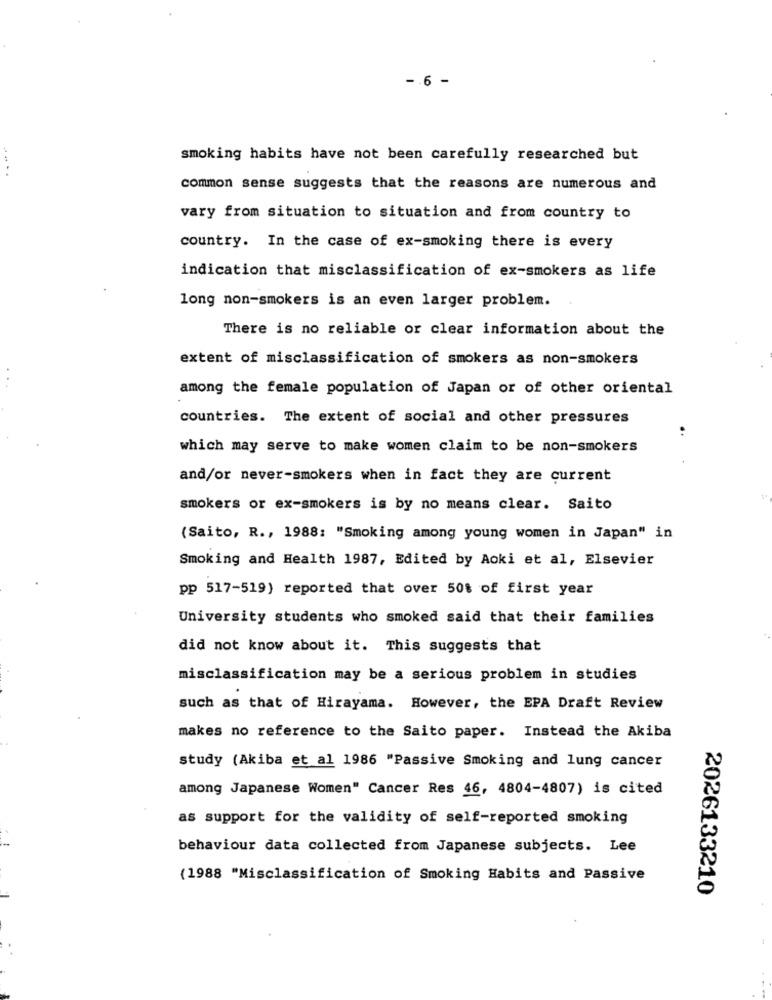
-. 6 -
smoking habits have not been carefully researched but
......
common sense suggests that the reasons are numerous and
vary from situation to situation and from country to
country. In the case of ex-smoking there is every
indication that misclassification of ex-smokers as life
long non-smokers is an even larger problem.
There is no reliable or clear information about the
extent of misclassification of smokers as non-smokers
among the female population of Japan or of other oriental
countries. The extent of social and other pressures
..
which may serve to make women claim to be non-smokers
and/or never-smokers when in fact they are current
smokers or ex-smokers is by no means clear. Saito
(Saito, R ., 1988: "Smoking among young women in Japan" in
Smoking and Health 1987, Edited by Aoki et al, Elsevier
pp 517-519) reported that over 50% of first year
University students who smoked said that their families
did not know about it. This suggests that
misclassification may be a serious problem in studies
such as that of Hirayama. However, the EPA Draft Review
makes no reference to the Saito paper. Instead the Akiba
study (Akiba et al 1986 "Passive Smoking and lung cancer
among Japanese Women" Cancer Res 46, 4804-4807) is cited
as support for the validity of self-reported smoking
behaviour data collected from Japanese subjects. Lee
(1988 "Misclassification of Smoking Habits and Passive
2026133210